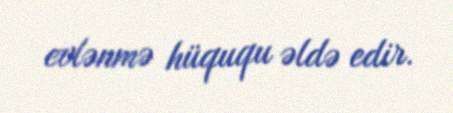
evlənmə hüququ əldə edir.